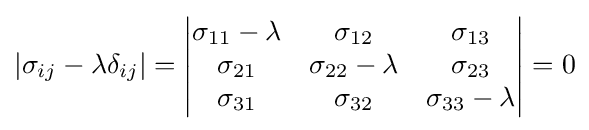
\left|\sigma _{ij}-\lambda \delta _{ij}\right|={\begin{vmatrix}\sigma _{11}-\lambda &\sigma _{12}&\sigma _{13}\\\sigma _{21}&\sigma _{22}-\lambda &\sigma _{23}\\\sigma _{31}&\sigma _{32}&\sigma _{33}-\lambda \\\end{vmatrix}}=0